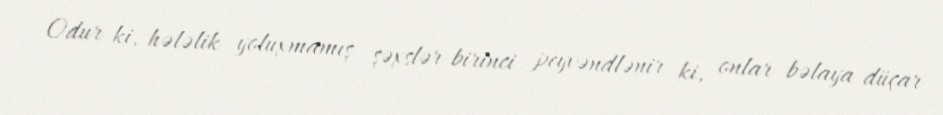
Odur ki, hələlik yoluxmamış şəxslər birinci peyvəndlənir ki, onlar bəlaya düçar